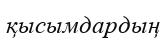
қысымдардың